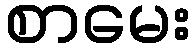
စာမေး